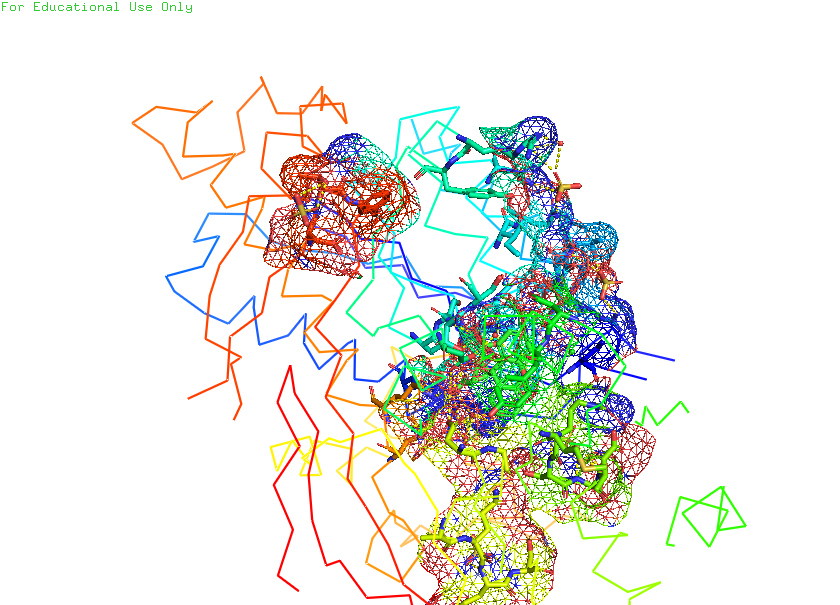
pymol, preset, ligand_sites_mesh